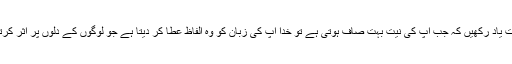
ایک بات یاد رکھیں کہ جب آپ کی نیت بہت صاف ہوتی ہے تو خدا آپ کی زبان کو وہ الفاظ عطا کر دیتا ہے جو لوگوں کے دلوں پر اثر کرتے ہیں۔